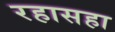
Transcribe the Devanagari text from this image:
रहासहा